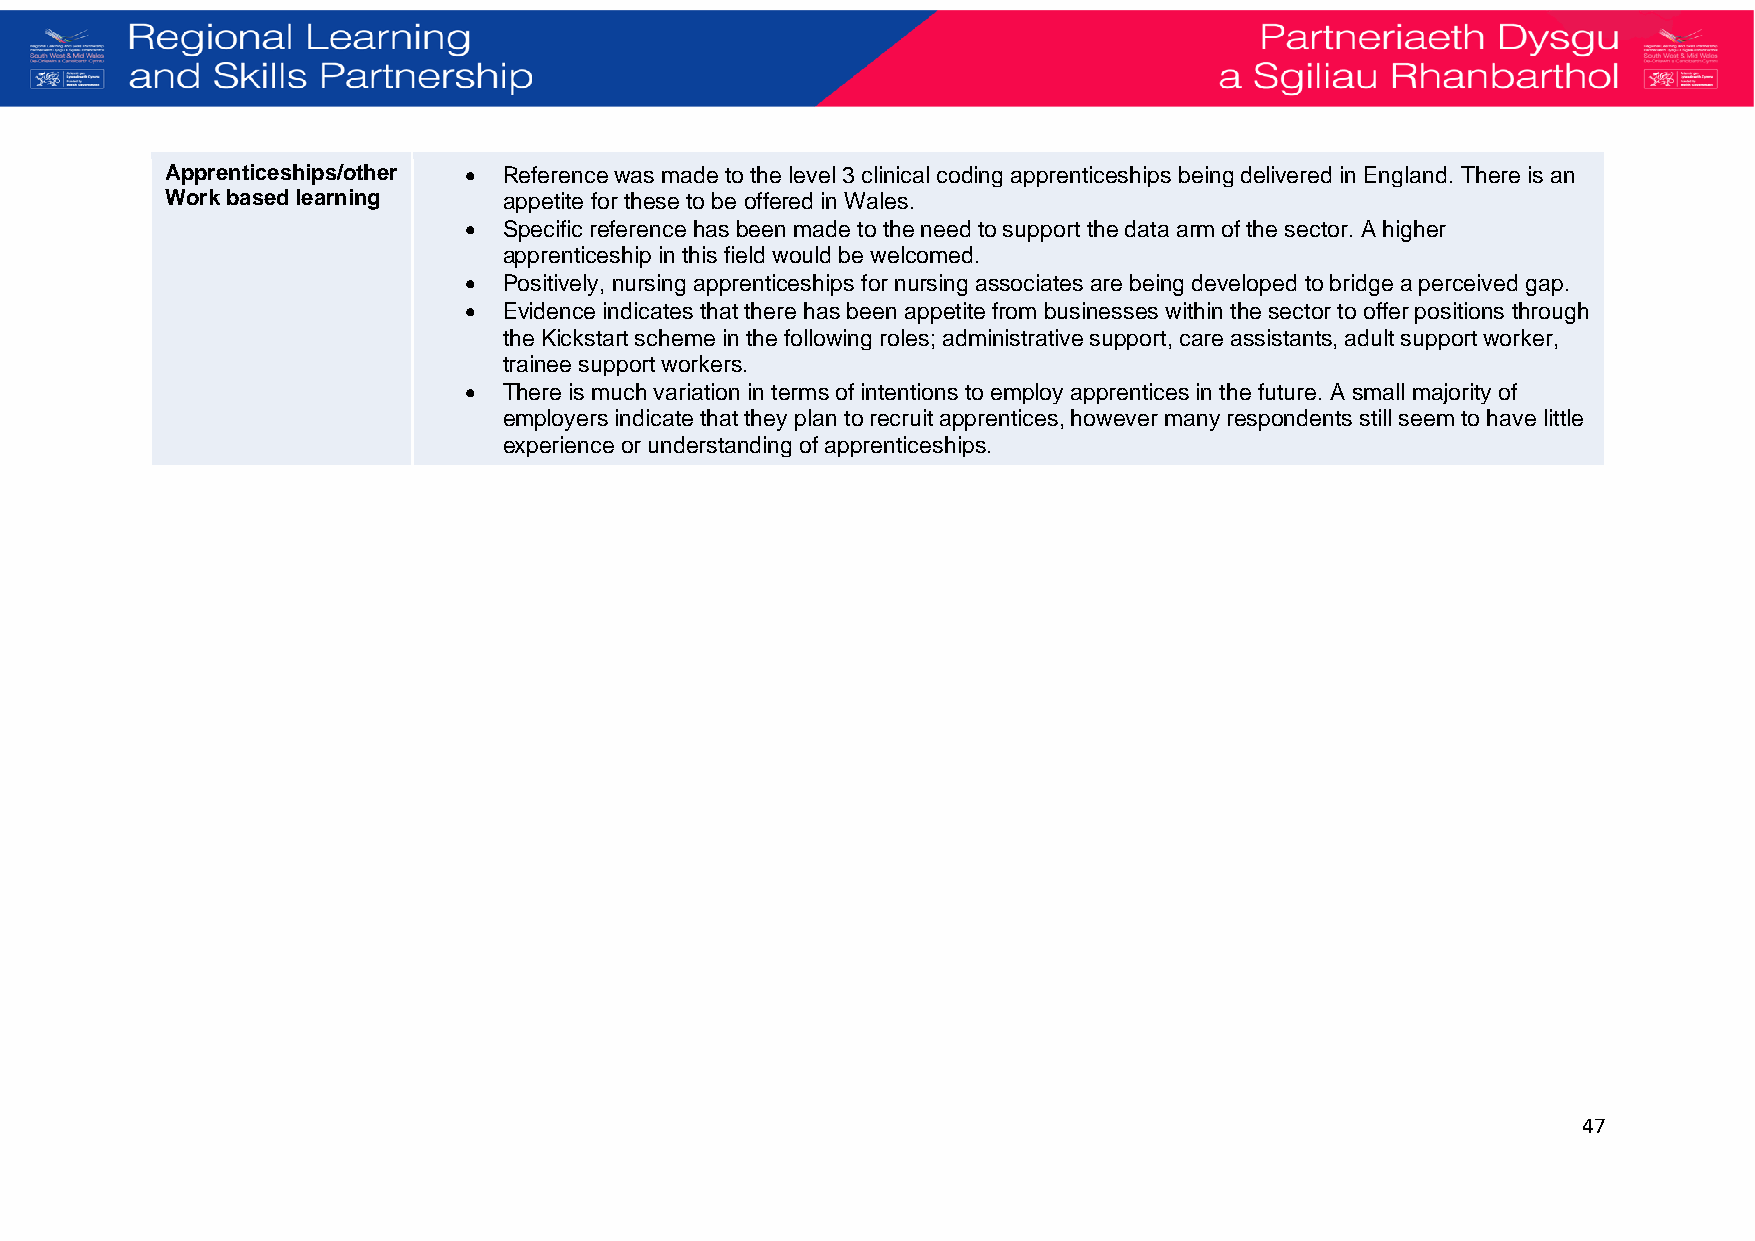
Apprenticeships/other • Reference was made to the level 3 clinical coding apprenticeships being delivered in England. There is an
 Work based learning   appetite for these to be offered in Wales.
 • Specific reference has been made to the need to support the data arm of the sector. A higher
 apprenticeship in this field would be welcomed.
 • Positively, nursing apprenticeships for nursing associates are being developed to bridge a perceived gap.
 • Evidence indicates that there has been appetite from businesses within the sector to offer positions through
 the Kickstart scheme in the following roles; administrative support, care assistants, adult support worker,
 trainee support workers.
 • There is much variation in terms of intentions to employ apprentices in the future. A small majority of
 employers indicate that they plan to recruit apprentices, however many respondents still seem to have little
 e xperience or understanding of apprenticeships.
 47